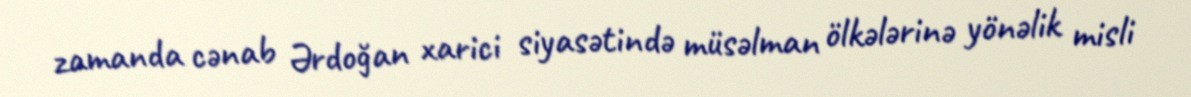
zamanda cənab Ərdoğan xarici siyasətində müsəlman ölkələrinə yönəlik misli